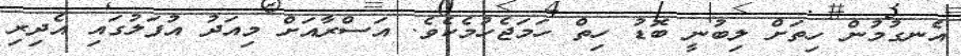
އެނގުމުން ހިތަށް ލިބުނީ ބޮޑު ހިތް ހަމަޖެހުމެކެވެ. އަސްރާއަށް މިއަދު އުފަލުގައި އެދިރި